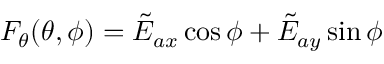
F _ { \theta } ( \theta , \phi ) = \tilde { E } _ { a x } \cos \phi + \tilde { E } _ { a y } \sin \phi